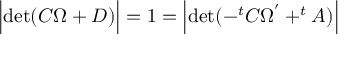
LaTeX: \Bigl | \mathrm { d e t } ( C \Omega + D ) \Bigr | = 1 = \Bigl | \mathrm { d e t } ( - ^ { t } C \Omega ^ { ' } + ^ { t } A ) \Bigr |